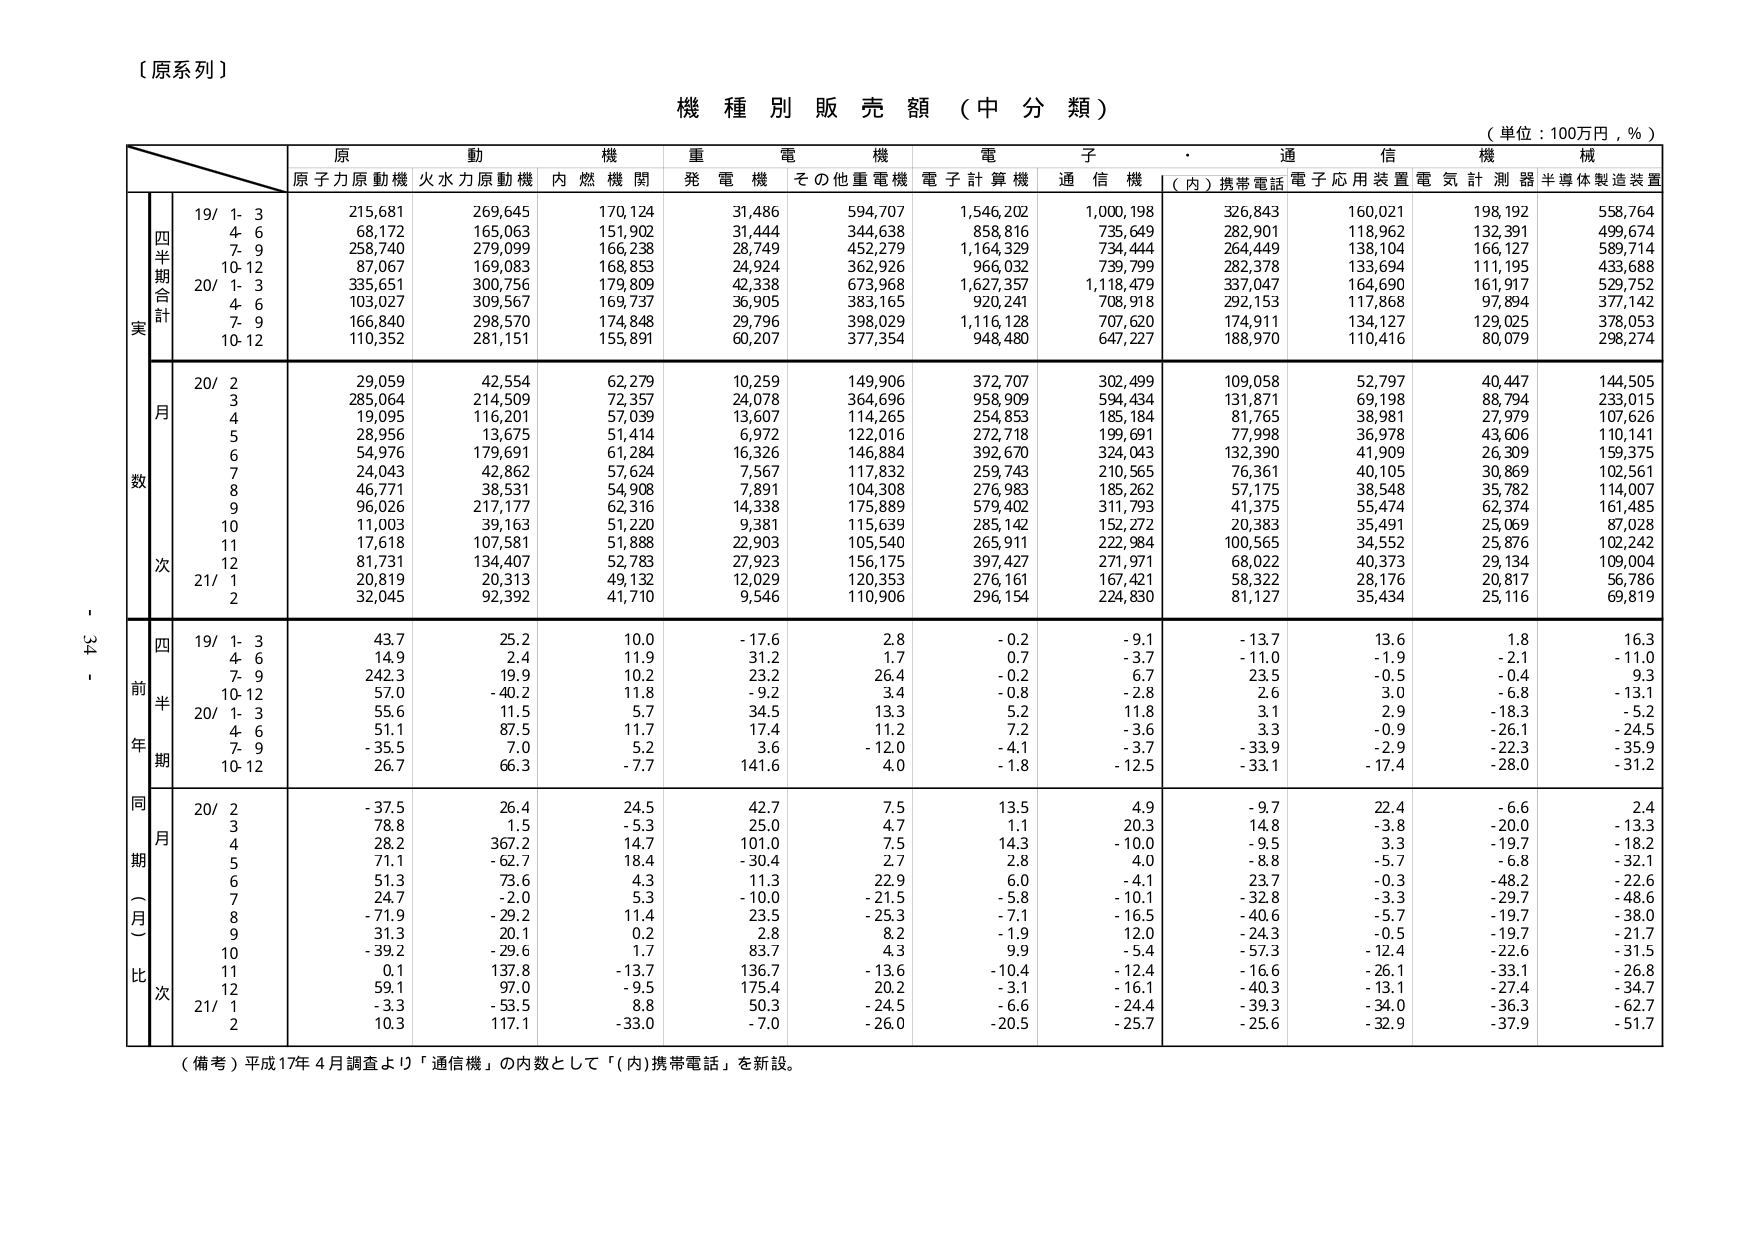
〔原系列〕

機種別販売額（中分類）

（単位：100万円，％）

原動機　重電機　電子・通信機械
原子力原動機　火力原動機　内燃機関　発電機　その他重電機　電子計算機　通信機　（内）携帯電話　電子応用装置　電気計測器　半導体製造装置

四半期合計
19/ 1-3　215,681　269,645　170,124　31,486　594,707　1,546,202　1,000,198　326,843　160,021　198,192　558,764
　　4-6　68,172　165,063　151,902　31,444　344,638　858,816　735,649　282,901　118,962　132,391　499,674
　　7-9　258,740　279,099　166,238　28,749　452,279　1,164,329　734,444　264,449　138,104　166,127　589,714
　　10-12　87,067　169,083　168,853　24,924　362,926　966,032　739,799　282,378　133,694　111,195　433,688
20/ 1-3　335,651　300,756　179,809　42,338　673,968　1,627,357　1,118,479　337,047　164,690　161,917　529,752
　　4-6　103,027　309,567　169,737　36,905　383,165　920,241　708,918　292,153　117,868　97,894　377,142
　　7-9　166,840　298,570　174,848　29,796　398,029　1,116,128　707,620　174,911　134,127　129,025　378,053
　　10-12　110,352　281,151　155,891　60,207　377,354　948,480　647,227　188,970　110,416　80,079　298,274

月次
20/ 2　29,059　42,554　62,279　10,259　149,906　372,707　302,499　109,058　52,797　40,447　144,505
　　3　285,064　214,509　72,357　24,078　364,696　958,909　594,434　131,871　69,198　88,794　233,015
　　4　19,095　116,201　57,039　13,607　114,265　254,853　185,184　81,765　38,981　27,979　107,626
　　5　28,956　13,675　51,414　6,972　122,016　272,718　199,691　77,998　36,978　43,606　110,141
　　6　54,976　179,691　61,284　16,326　146,884　392,670　324,043　132,390　41,909　26,309　159,375
　　7　24,043　42,862　57,624　7,567　117,832　259,743　210,565　76,361　40,105　30,869　102,561
　　8　46,771　38,531　54,908　7,891　104,308　276,983　185,262　57,175　38,548　35,782　114,007
　　9　96,026　217,177　62,316　14,338　175,889　579,402　311,793　41,375　55,474　62,374　161,485
　　10　11,003　39,163　51,220　9,381　115,639　285,142　152,272　20,383　35,491　25,069　87,028
　　11　17,618　107,581　51,888　22,903　105,540　265,911　222,984　100,565　34,552　25,876　102,242
　　12　81,731　134,407　52,783　27,923　156,175　397,427　271,971　68,022　40,373　29,134　109,004
21/ 1　20,819　20,313　49,132　12,029　120,353　276,161　167,421　58,322　28,176　20,817　56,786
　　2　32,045　92,392　41,710　9,546　110,906　296,154　224,830　81,127　35,434　25,116　69,819

四半期
前年比
19/ 1-3　43.7　25.2　10.0　-17.6　2.8　-0.2　-9.1　-13.7　13.6　1.8　16.3
　　4-6　14.9　2.4　11.9　31.2　1.7　0.7　-3.7　-11.0　-1.9　-2.1　-11.0
　　7-9　242.3　19.9　10.2　23.2　26.4　-0.2　6.7　23.5　-0.5　-0.4　9.3
　　10-12　57.0　-40.2　11.8　-9.2　3.4　-0.8　-2.8　2.6　3.0　-6.8　-13.1
20/ 1-3　55.6　11.5　5.7　34.5　13.3　5.2　11.8　3.1　2.9　-18.3　-5.2
　　4-6　51.1　87.5　11.7　17.4　11.2　7.2　-3.6　3.3　-0.9　-26.1　-24.5
　　7-9　-35.5　7.0　5.2　3.6　-12.0　-4.1　-3.7　-33.9　-2.9　-22.3　-35.9
　　10-12　26.7　66.3　-7.7　141.6　4.0　-1.8　-12.5　-33.1　-17.4　-28.0　-31.2

同期（月）比
20/ 2　-37.5　26.4　24.5　42.7　7.5　13.5　4.9　-9.7　22.4　-6.6　2.4
　　3　78.8　1.5　-5.3　25.0　4.7　1.1　20.3　14.8　-3.8　-20.0　-13.3
　　4　28.2　367.2　14.7　101.0　7.5　14.3　-10.0　-9.5　3.3　-19.7　-18.2
　　5　71.1　-62.7　18.4　-30.4　2.7　2.8　4.0　-8.8　-5.7　-6.8　-32.1
　　6　51.3　73.6　4.3　11.3　22.9　6.0　-4.1　23.7　-0.3　-48.2　-22.6
　　7　24.7　-2.0　5.3　-10.0　-21.5　-5.8　-10.1　-32.8　-3.3　-29.7　-48.6
　　8　-71.9　-29.2　11.4　23.5　-25.3　-7.1　-16.5　-40.6　-5.7　-19.7　-38.0
　　9　31.3　20.1　0.2　2.8　8.2　-1.9　12.0　-24.3　-0.5　-19.7　-21.7
　　10　-39.2　-29.6　1.7　83.7　4.3　9.9　-5.4　-57.3　-12.4　-22.6　-31.5
　　11　0.1　137.8　-13.7　136.7　-13.6　-10.4　-12.4　-16.6　-26.1　-33.1　-26.8
　　12　59.1　97.0　-9.5　175.4　20.2　-3.1　-16.1　-40.3　-13.1　-27.4　-34.7
21/ 1　-3.3　-53.5　8.8　50.3　-24.5　-6.6　-24.4　-39.3　-34.0　-36.3　-62.7
　　2　10.3　117.1　-33.0　-7.0　-26.0　-20.5　-25.7　-25.6　-32.9　-37.9　-51.7

（備考）平成17年4月調査より「通信機」の内数として「（内）携帯電話」を新設。

- 34 -